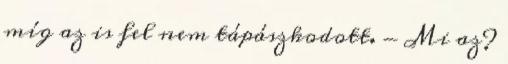
míg az is fel nem tápászkodott. - Mi az?